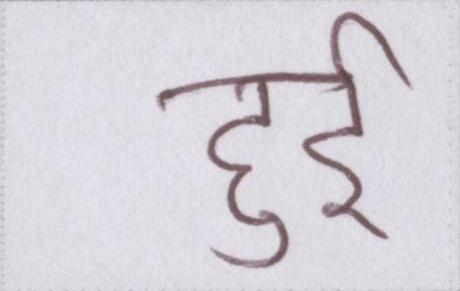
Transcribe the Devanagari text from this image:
हुर्इ